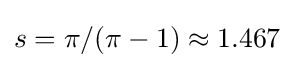
s=\pi /(\pi -1)\approx 1.467